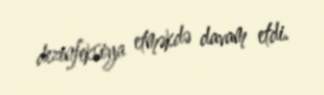
dezinfeksiya etməkdə davam etdi.